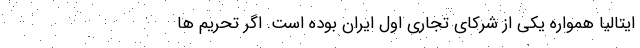
ایتالیا همواره یکی از شرکای تجاری اول ایران بوده است. اگر تحریم ها